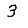
Digit: 3